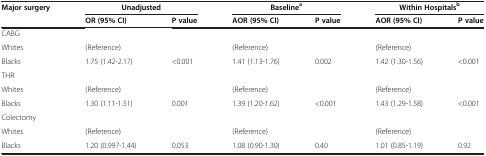
<table><thead><tr><td><b>Major surgery</b></td><td colspan="2"><b>Unadjusted</b></td><td colspan="2"><b>Baseline<sup>a</sup></b></td><td colspan="2"><b>Within Hospitals<sup>b</sup></b></td></tr><tr><td><b> </b></td><td><b>OR (95% CI)</b></td><td><b>P value</b></td><td><b>AOR (95% CI)</b></td><td><b>P value</b></td><td><b>AOR (95% CI)</b></td><td><b>P value</b></td></tr></thead><tbody><tr><td>CABG</td><td> </td><td> </td><td> </td><td> </td><td> </td><td> </td></tr><tr><td>Whites</td><td>(Reference)</td><td> </td><td>(Reference)</td><td> </td><td>(Reference)</td><td> </td></tr><tr><td>Blacks</td><td>1.75 (1.42-2.17)</td><td>&lt;0.001</td><td>1.41 (1.13-1.76)</td><td>0.002</td><td>1.42 (1.30-1.56)</td><td>&lt;0.001</td></tr><tr><td>THR</td><td> </td><td> </td><td> </td><td> </td><td> </td><td> </td></tr><tr><td>Whites</td><td>(Reference)</td><td> </td><td>(Reference)</td><td> </td><td>(Reference)</td><td> </td></tr><tr><td>Blacks</td><td>1.30 (1.11-1.51)</td><td>0.001</td><td>1.39 (1.20-1.62)</td><td>&lt;0.001</td><td>1.43 (1.29-1.58)</td><td>&lt;0.001</td></tr><tr><td>Colectomy</td><td> </td><td> </td><td> </td><td> </td><td> </td><td> </td></tr><tr><td>Whites</td><td>(Reference)</td><td> </td><td>(Reference)</td><td> </td><td>(Reference)</td><td> </td></tr><tr><td>Blacks</td><td>1.20 (0.997-1.44)</td><td>0.053</td><td>1.08 (0.90-1.30)</td><td>0.40</td><td>1.01 (0.85-1.19)</td><td>0.92</td></tr></tbody></table>